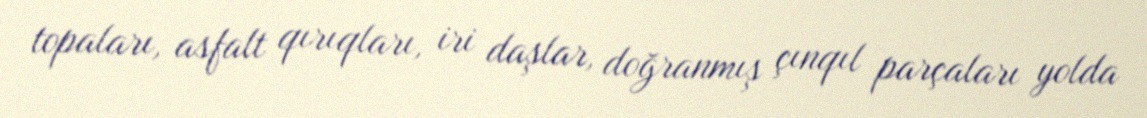
topaları, asfalt qırıqları, iri daşlar, doğranmış çınqıl parçaları yolda